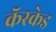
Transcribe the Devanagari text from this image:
कॅस्केड